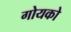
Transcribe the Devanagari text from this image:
गोयको